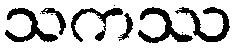
သကဿ